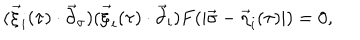
( \vec { \xi } _ { i } ( \tau ) \cdot { \vec { \partial } } _ { \sigma } ) ( \vec { \xi } _ { i } ( \tau ) \cdot { \vec { \partial } } _ { i } ) F ( | \vec { \sigma } - \vec { \eta } _ { i } ( \tau ) | ) = 0 ,